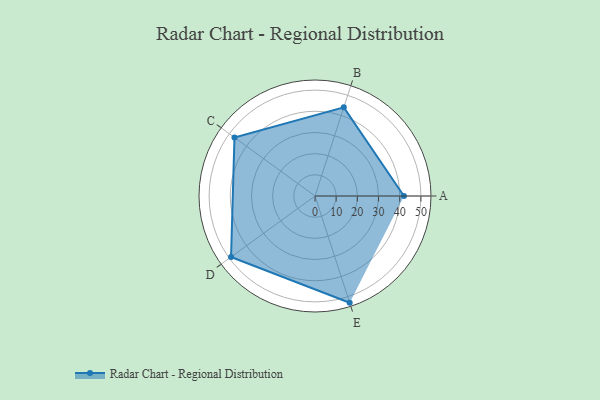
{"axis": {"x": "Skill", "y": "Score"}, "legend": ["Profile"], "data": [{"x": "A", "y": 42.0, "type": "Profile"}, {"x": "B", "y": 44.0, "type": "Profile"}, {"x": "C", "y": 47.0, "type": "Profile"}, {"x": "D", "y": 49.0, "type": "Profile"}, {"x": "E", "y": 53.0, "type": "Profile"}]}